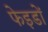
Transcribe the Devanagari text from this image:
फेइडों